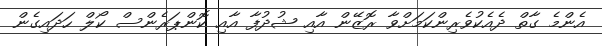
އެންމެ ގާތް ދެއެކުވެރިންކަމަށްވާ ރޮޒޭން އާއި ޝުދުފާ އާއި ކޮންޕަރެންސް ކޯލް ހަދައިގެން